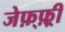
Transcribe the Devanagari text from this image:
जेफ़्फ़्री